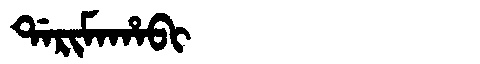
Manchu: ᡩᠠᡵᡳᠮᠠᡥᠠᠪᡳ
Romanization: DARIMAHABI